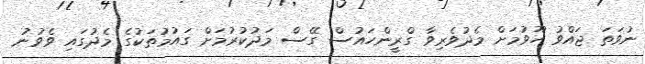
ނުވަތަ ޖައްވު ހޫވުމަށް މެދުވެރިވާ ގްރީންހައުސް ގޭސް މަދުކުރުމަށް ގައުމުތަކުގެ މެދުގައި ވެވުނު